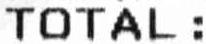
TOTAL: